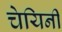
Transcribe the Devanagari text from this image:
चेयिनी